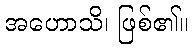
အဟောသိ၊ ဖြစ်၏။